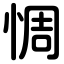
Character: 惆